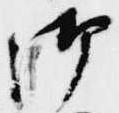
御